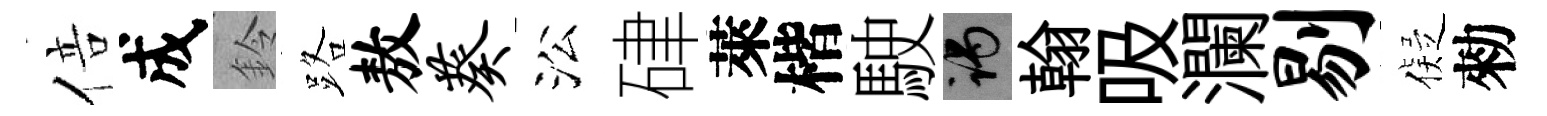
倍成鈴路敖葵㳂硉萊楷駛谒翰吸瀾剔儗勑